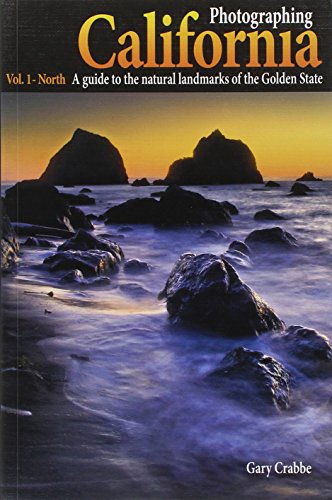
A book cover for Photographing California - Vol. 1: North - A Guide to the Natural Landmarks of the Golden State; Gary Crabbe; Travel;